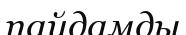
пайдамды